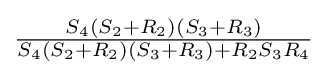
{\tfrac {S_{4}(S_{2}+R_{2})(S_{3}+R_{3})}{S_{4}(S_{2}+R_{2})(S_{3}+R_{3})+R_{2}S_{3}R_{4}}}